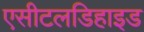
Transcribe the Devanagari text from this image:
एसीटलडिहाइड